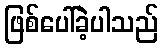
ဖြစ်ပေါ်ခဲ့ပါသည်